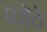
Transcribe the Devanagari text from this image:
परोठे